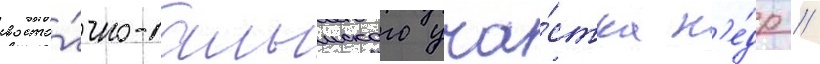
восто́чно-салымского уча́стка н'е́др /